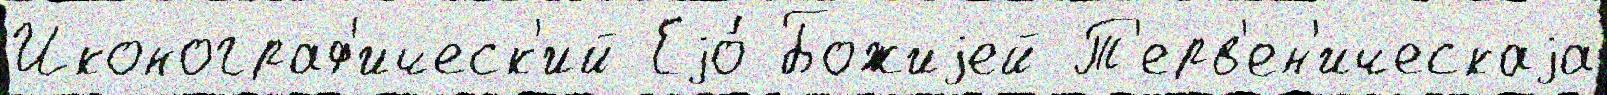
Иконограф'ическ'ий Еjо́ Божиjей Т'ерв'ен'ическаjа